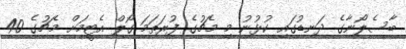
ބާސެލޯނާގެ ދަނޑުގައި ކުޅުނު މި މެޗުގެ ފުރަތަމަ ގޯލް އެޓީމަށް މެޗުގެ 40